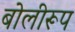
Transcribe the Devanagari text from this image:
बोलीरूप